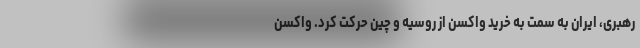
رهبری، ایران به سمت به خرید واکسن از روسیه و چین حرکت کرد. واکسن